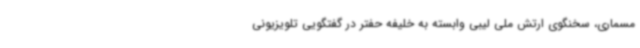
مسماری، سخنگوی ارتش ملی لیبی وابسته به خلیفه حفتر در گفتگویی تلویزیونی